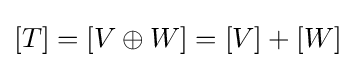
[T]=[V\oplus W]=[V]+[W]